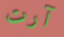
آرت